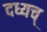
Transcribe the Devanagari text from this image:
दध्यच्